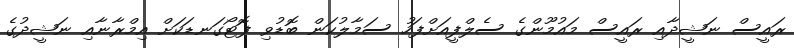
ރައީސް ނަޝީދާއި ރައީސް މައުމޫންގެ ސެލްފީއަށްފަހު ސަމާލުކަން ބޮޑުވި ފޮޓޯގަނޑަކަށް އިމްރާނާއި ނަޝީދުގެ